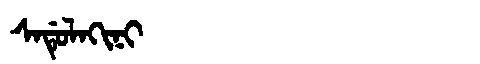
Manchu: ᠰᠠᡩᡠᠯᠠᡴᡳᠨᡳ
Romanization: SADULAKINI